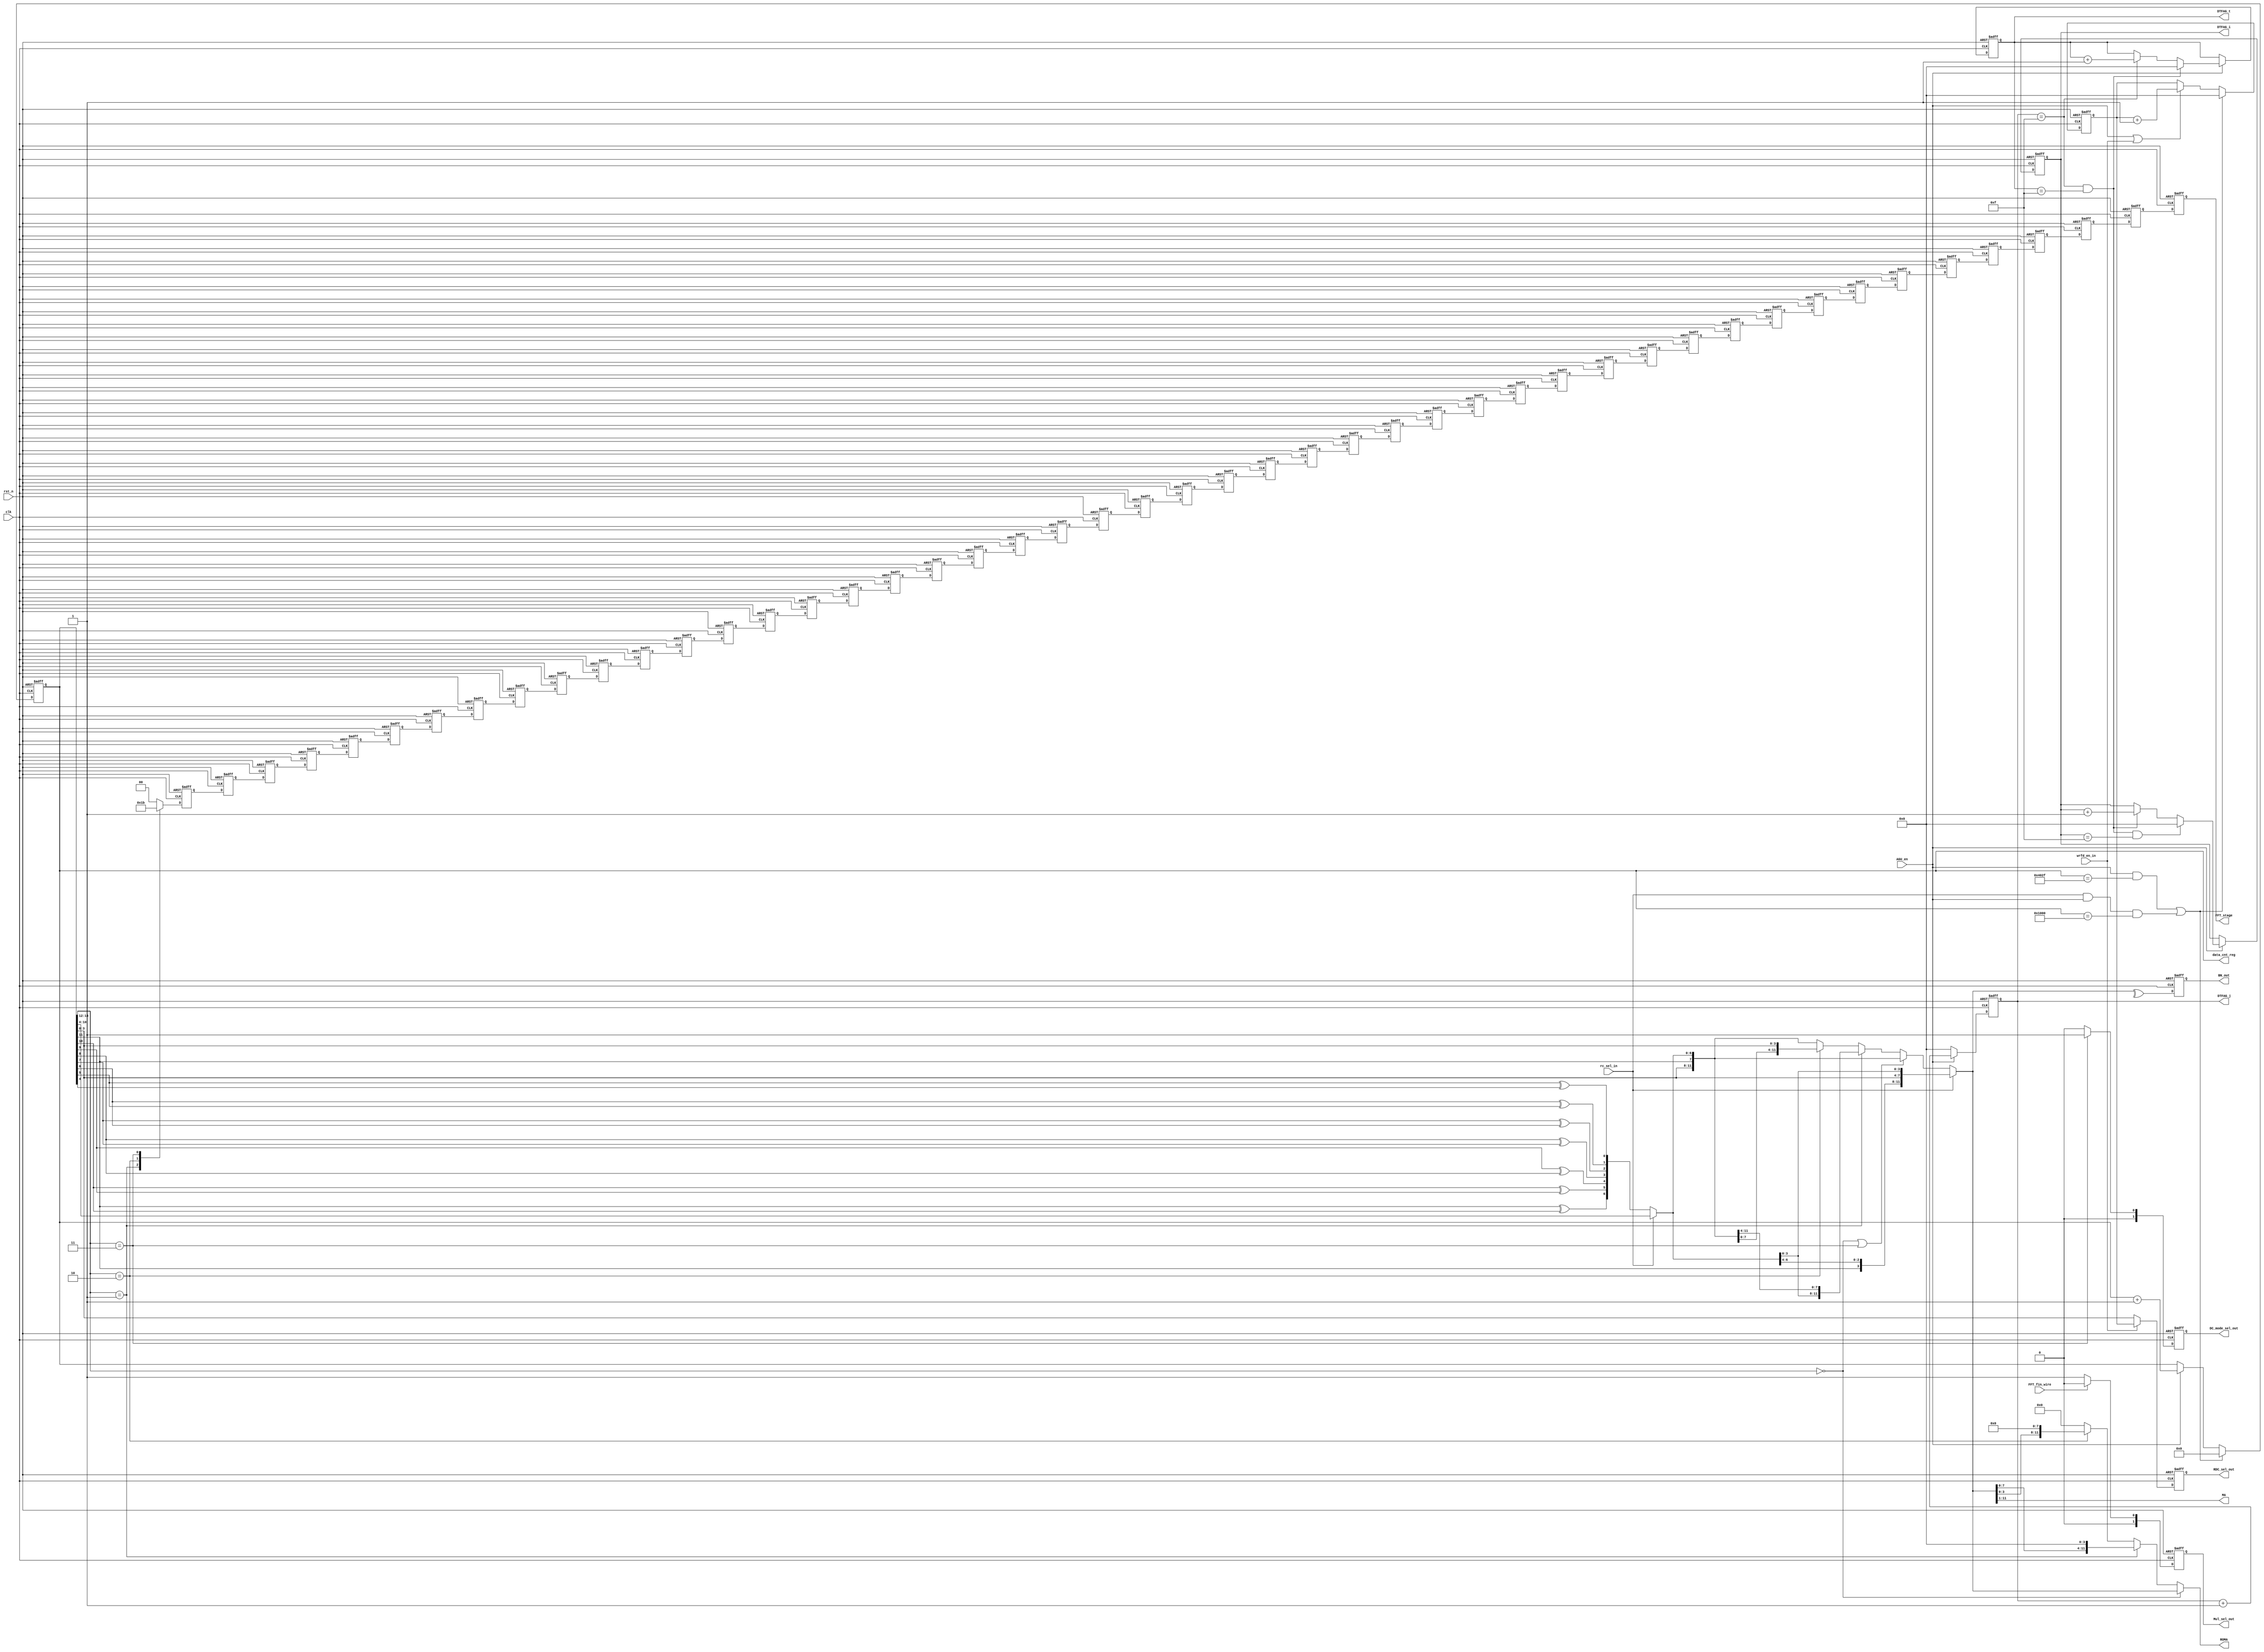
module R16_AGU(BN_out,                              
                MA,                                  
                ROMA,                                
                Mul_sel_out,                         
                RDC_sel_out,                         
                data_cnt_reg,                        
                DC_mode_sel_out,   
                DTFAG_j,
                DTFAG_t,
                DTFAG_i,  
                FFT_stage,       
                //input                                  
                rc_sel_in,                           
                AGU_en,                              
                wrfd_en_in,                          
                rst_n,                               
                clk,
                FFT_fin_wire                                  
                ) ;                                  
 parameter A_WIDTH     = 11;
 parameter DC_WIDTH    = 15;
 parameter BC_WIDTH    = 12;
 parameter SC_WIDTH    = 3;
 parameter ROMA_WIDTH  = 12;
 
 parameter DC_ZERO   = 15'h0 ;
 parameter ROMA_ZERO = 12'h0 ;
 
parameter S0      = 3'd0; 
parameter S1      = 3'd1; 
parameter S2      = 3'd2; 
parameter S3      = 3'd3; 

 parameter DCNT_V1    = 15'd16431; //data counter value1 for data_cnt_wire      
 parameter DCNT_V2    = 15'd4096; //data counter value2 for data_cnt_wire      

 parameter DCNT_BP1 = 3 ;
 parameter DCNT_BP2 = 4 ;
 parameter DCNT_BP3 = 11 ;
 parameter DCNT_BP4 = 12 ;


 output                  BN_out ;                                    
 output [A_WIDTH-1:0]    MA ;                                        
 output [ROMA_WIDTH-1:0] ROMA ;                                      
 output [1:0]            Mul_sel_out ;                               
 output [3:0]            RDC_sel_out ;                               
 output [DC_WIDTH-1:0]   data_cnt_reg ;                              
 output [1:0]            DC_mode_sel_out ;    
 output reg [3:0]            DTFAG_j;
 output reg [3:0]            DTFAG_t;  
 output reg [3:0]            DTFAG_i;
 output     [1:0]            FFT_stage;     

                                                                                                  
 input                   rc_sel_in ;                                 
 input                   AGU_en ;                                    
 input                   wrfd_en_in ;                                
 input                   rst_n ;                                     
 input                   clk ;    
 input                   FFT_fin_wire ;                                       
                                                                     
                                                                     
 reg   [1:0]          DC_mode_sel_out;                               
 reg   [DC_WIDTH-1:0] data_cnt_reg ; // data counter                 
 reg   [3:0]          RDCsel_cnt_reg ; // RDC select counter         
 reg                  BN_out ;                                       
 reg   [3:0]          RDC_sel_out ;                                  
 reg   [1:0]          Mul_sel_out ;                                  
                                                                     
                                                                     
 wire           DC_mode_sel_wire ;                             
 wire  [DC_WIDTH-1:0] data_cnt_wire ;                                
 wire  [3:0]          RDCsel_cnt_wire ;                              
 wire  [BC_WIDTH-1:0] BC_wire ; // butterfly counter                 
 wire                 xor_d0_wire;
 wire                 xor_d1_wire;
 wire                 xor_d2_wire;
 wire                 xor_d3_wire;
 wire                 xor_d4_wire;
 wire                 xor_d5_wire;
 wire                 xor_d6_wire;
 wire  [SC_WIDTH-1:0] SC_wire ; // stage counter 
 wire  [BC_WIDTH-1:0] BC_RR_wire ;               
 wire                 BN_wire ;                  
 wire [3:0]           RDC_sel_wire ;             
 wire            Mul_sel_wire ;             

 reg [1:0] cnt;                                                                                                                                                  
                                                                                                                                                                                                                     
 	//                                                                                                          
   assign data_cnt_wire = (((AGU_en==1'b1)&&(data_cnt_reg==DCNT_V1))||                                         
                           ((rc_sel_in==1'b1)&&(AGU_en==1'b1)&&(data_cnt_reg==DCNT_V2)))?                      
                           DC_ZERO : (AGU_en==1'b1)?
                           (data_cnt_reg + 1'b1) : data_cnt_reg ;                                              
                                                                                                               
 	//                                                                                                          
   assign RDCsel_cnt_wire = (((AGU_en==1'b1)&&(data_cnt_reg==DCNT_V1))||                                       
                             ((rc_sel_in==1'b1)&&(AGU_en==1'b1)&&(data_cnt_reg==DCNT_V2)))?                     
                             4'd0 : ((AGU_en==1'b1)||(wrfd_en_in==1'b1))?
                             (RDCsel_cnt_reg + 1'b1) : RDCsel_cnt_reg ;                                         
 	                                                                                                            
 	// for Gray code 	 
   assign xor_d0_wire = data_cnt_reg[11]^data_cnt_reg[10];
   assign xor_d1_wire = data_cnt_reg[10]^data_cnt_reg[9];
   assign xor_d2_wire = data_cnt_reg[9]^data_cnt_reg[8];
   assign xor_d3_wire = data_cnt_reg[8]^data_cnt_reg[7];
   assign xor_d4_wire = data_cnt_reg[7]^data_cnt_reg[6];
   assign xor_d5_wire = data_cnt_reg[6]^data_cnt_reg[5];
   assign xor_d6_wire = data_cnt_reg[5]^data_cnt_reg[4];

   assign BC_wire = (rc_sel_in==1'b1)?                                                  
                    ({data_cnt_reg[DCNT_BP1:0],data_cnt_reg[DCNT_BP3:DCNT_BP2]}):       
                    ({data_cnt_reg[DCNT_BP1:0],                                         
                      data_cnt_reg[DCNT_BP3],                                           
                      xor_d0_wire,
                      xor_d1_wire,
                      xor_d2_wire,
                      xor_d3_wire,
                      xor_d4_wire,
                      xor_d5_wire,
                      xor_d6_wire
                       }) ;

   //                                                                                                                 
   assign SC_wire = data_cnt_reg[DC_WIDTH-1:DCNT_BP4] ;                                                               
                                                                                                                      
   // Barrel shifter, rc_sel_in=1, right rotate 4-bit                                                                 
   /*assign BC_RR_wire = ((SC_wire == S0)||(SC_wire == S3))&&(rc_sel_in == 1'b0)? BC_wire:
                       ((SC_wire == S1&&(rc_sel_in == 1'b0))||(rc_sel_in==1'b1)) ? 
                       {BC_wire[3:0],BC_wire[BC_WIDTH-1:4]} :
                       ((SC_wire == S2) && (rc_sel_in == 1'b0)) ? 
                       {BC_wire[7:0],BC_wire[BC_WIDTH-1:8]} :
                       BC_wire;*/

    assign BC_RR_wire =  ( rc_sel_in == 1'b1 )? ({BC_wire[7:6],BC_wire[5:4],BC_wire[11:8],BC_wire[3:0]}):
                      ((SC_wire == S0)||(SC_wire == S3))? BC_wire:
                      (SC_wire == S1) ? {BC_wire[3:0],BC_wire[BC_WIDTH-1:4]} :
                      (SC_wire == S2) ? {BC_wire[7:0],BC_wire[BC_WIDTH-1:8]} : BC_wire;
                                                                                                                      
   // Bank,  rc_sel_in=1 BN_wire=(^BC_RR_wire)                                                                        
   assign BN_wire = (^BC_RR_wire) ;                                              
   // Address, rc_sel_in=1 MA=(BC_RR_wire[BC_WIDTH-1:1])                                                              
   assign MA = (BC_RR_wire[BC_WIDTH-1:1]) ;                         
                                                                                                                      
   // ROM Address                                                                                                     
   assign ROMA = (SC_wire==S0)? (BC_RR_wire) :                                                                        
               (SC_wire ==S1)? ({BC_RR_wire[7:0],4'd0}) : 
               (SC_wire ==S2)? ({BC_RR_wire[3:0],8'd0}) : 
                 ROMA_ZERO;
   //                                                                                                                 
   assign Mul_sel_wire = (FFT_fin_wire==1'b1)? 1'd0 : 1'd1 ;                                                               
                                                                                                                      
   //                                                                                                                 
   assign RDC_sel_wire = (wrfd_en_in==1'b1) ? RDCsel_cnt_reg : data_cnt_reg[3:0]  ;                                   
                                                                                                                      
   //FFT final stage mode select                                                                                      
   //                                                                                                                 
   assign  DC_mode_sel_wire = ( SC_wire == S3)? 1'd1 : 1'd0;                                 
                                                                                                                      
                                                                                                                      
                                                                                                                      
                                                                                                                      
   //                                                                                                                 
   always @(posedge clk or negedge rst_n) begin                                                                       
   	if(~rst_n) begin                                                                                               
           data_cnt_reg <= DC_ZERO ;                                                                                  
           BN_out <= 1'b0 ;                                                                                           
           RDC_sel_out <= 4'd0 ;                                                                                      
           Mul_sel_out <= 2'd0 ;                                                                                      
           DC_mode_sel_out <= 2'd0 ;                                                                                  
           RDCsel_cnt_reg <= 4'd0 ;                                                                                   
   	end                                                                                                            
   	else begin                                                                                                     
           data_cnt_reg <= data_cnt_wire ;                                                                            
           BN_out <= BN_wire ;                                                                                        
           RDC_sel_out <= RDC_sel_wire ;                                                                              
           Mul_sel_out <= Mul_sel_wire ;                                                                              
           DC_mode_sel_out <= DC_mode_sel_wire ;                                                                      
           RDCsel_cnt_reg <= RDCsel_cnt_wire ;                                                                        
   	end                                                                                                            
   end                                                                                                                




  //-------------DTFAG parameter-------------------------
  reg [1:0] FFT_stage_tmp;
  reg [1:0] FFT_stage_pip [0:47];
  always @(posedge clk or negedge rst_n) begin
    if (~rst_n) begin
      FFT_stage_tmp <= 2'd0;
    end else begin
      case (data_cnt_reg[DC_WIDTH-1:DC_WIDTH-1-2])
        3'b000: begin
          FFT_stage_tmp <= 2'd0;
        end
        3'b001: begin
          FFT_stage_tmp <= 2'd1;
        end
        3'b010: begin
          FFT_stage_tmp <= 2'd2;
        end
        3'b011: begin
          FFT_stage_tmp <= 2'd3;
        end 
        default: begin
          FFT_stage_tmp <= 2'd0;
        end 
      endcase
    end
  end
  always @(*) begin
    FFT_stage_pip[0] = FFT_stage_tmp;
  end
  always @(posedge clk or negedge rst_n) begin: delay_48
    integer i;
    if (~rst_n) begin
      for (i = 0; i<47 ; i=i+1) begin
        FFT_stage_pip[i+1] <= 2'd0;
      end
    end else begin
      for (i = 0; i<47; i=i+1) begin
        FFT_stage_pip[i+1] <= FFT_stage_pip[i];
      end
    end
  end
  assign FFT_stage = FFT_stage_pip[47];

  always @(posedge clk or negedge rst_n) begin
    if (~rst_n) begin
      DTFAG_j <= 4'd0;
    end else begin
      if (AGU_en) begin
        DTFAG_j <= DTFAG_j + 4'd1;
      end else begin
        DTFAG_j <= 4'd0;
      end
    end
  end

  always @(posedge clk or negedge rst_n) begin
    if (~rst_n) begin
      DTFAG_t <= 4'd0;
    end else begin
      if (AGU_en) begin
        if (DTFAG_j == 4'd15 && DTFAG_t == 4'd15) begin
          DTFAG_t <= 4'd0;
        end else begin
          if (DTFAG_j == 4'd15) begin
            DTFAG_t <= DTFAG_t + 4'd1;
          end else begin
            DTFAG_t <= DTFAG_t;
          end
        end
      end
    end
  end

  always @(posedge clk or negedge rst_n) begin
    if (~rst_n) begin
      DTFAG_i <= 4'd0;
    end else begin
      if (AGU_en) begin
        if (DTFAG_j == 4'd15 && DTFAG_t == 4'd15 && DTFAG_i == 4'd15) begin
          DTFAG_i <= 4'd0;
        end else begin
          if (DTFAG_j == 4'd15 && DTFAG_t == 4'd15) begin
            DTFAG_i <= DTFAG_i + 4'd1;
          end else begin
            DTFAG_i <= DTFAG_i;
          end
        end
      end
    end
  end

 endmodule